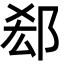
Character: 郄